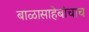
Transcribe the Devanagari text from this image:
बाळासाहेबांचाच